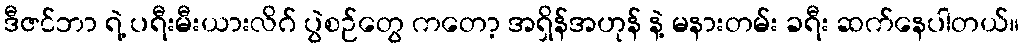
ဒီဇင်ဘာ ရဲ့ ပရီးမီးယားလိဂ် ပွဲစဉ်တွေ ကတော့ အရှိန်အဟုန် နဲ့ မနားတမ်း ခရီး ဆက်နေပါတယ်။